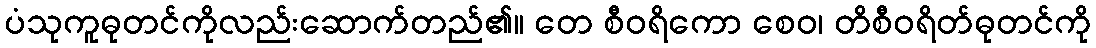
ပံသုကူဓုတင်ကိုလည်းဆောက်တည်၏။ တေ စီဝရိကော စေဝ၊ တိစီဝရိတ်ဓုတင်ကို